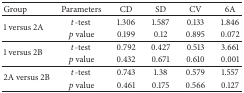
| Group | Parameters | CD | SD | CV | 6A |
 | --- | --- | --- | --- | --- | --- |
 | <ROWSPAN=2> 1 versus 2A | t-test | 1.306 | 1.587 | 0.133 | 1.846 |
 | p value | 0.199 | 0.12 | 0.895 | 0.072 |
 | <ROWSPAN=2> 1 versus 2B | t-test | 0.792 | 0.427 | 0.513 | 3.661 |
 | p value | 0.432 | 0.671 | 0.610 | 0.001 |
 | <ROWSPAN=2> 2A versus 2B | t-test | 0.743 | 1.38 | 0.579 | 1.557 |
 | p value | 0.461 | 0.175 | 0.566 | 0.127 |